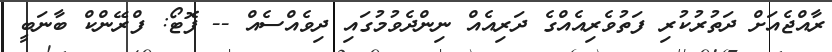
ރާއްޖެއަށް ދަތުރުކުރި ފަތުވެރިއެއްގެ ދަރިއެއް ނިންދެވުމުގައި ދިވެއްސެއް -- ފޮޓޯ: ފްރޭންކް ބާނަބީ